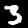
Label: 3